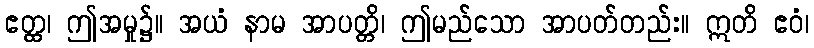
ဧတ္ထ၊ ဤအမှု၌။ အယံ နာမ အာပတ္တိ၊ ဤမည်သော အာပတ်တည်း။ ဣတိ ဧဝံ၊